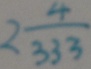
2 \frac { 4 } { 3 3 3 }